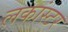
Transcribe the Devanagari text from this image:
लकांस्टर